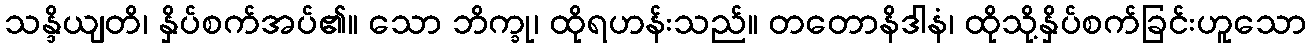
သန္ဒိယျတိ၊ နှိပ်စက်အပ်၏။ သော ဘိက္ခု၊ ထိုရဟန်းသည်။ တတောနိဒါနံ၊ ထိုသို့နှိပ်စက်ခြင်းဟူသော